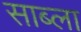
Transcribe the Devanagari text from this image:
साब्ला